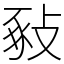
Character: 𢽚